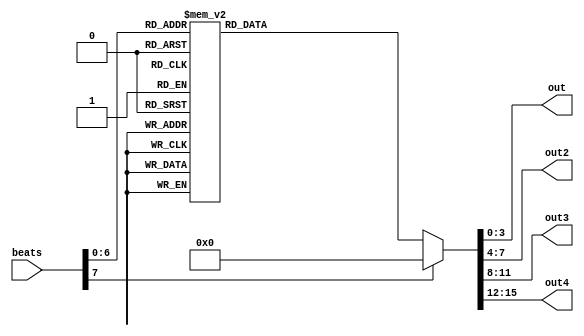
module owts_melody(beats, out, out2, out3, out4);

input [7:0]beats;

output reg [3:0]out, out2, out3, out4;

always @ (*)
begin
	case(beats)
		7'd0:
		begin
			out 	= 4'd0;
			out2 	= 4'd0;
			out3 	= 4'd0;
			out4 	= 4'd0;
		end
		7'd1:
		begin
			out 	= 4'd9;
			out2 	= 4'd0;
			out3 	= 4'd0;
			out4 	= 4'd0;
		end
		7'd2:
		begin
			out 	= 4'd11;
			out2 	= 4'd9;
			out3 	= 4'd0;
			out4 	= 4'd0;
		end
		7'd3:
		begin
			out 	= 4'd12;
			out2 	= 4'd11;
			out3 	= 4'd9;
			out4 	= 4'd0;
		end
		7'd4:
		begin
			out 	= 4'd13;
			out2 	= 4'd12;
			out3 	= 4'd11;
			out4 	= 4'd9;
		end
		7'd5:
		begin
			out 	= 4'd1;
			out2 	= 4'd13;
			out3 	= 4'd12;
			out4 	= 4'd11;
		end
		7'd6:
		begin
			out 	= 4'd1;
			out2 	= 4'd1;
			out3 	= 4'd13;
			out4 	= 4'd12;
		end
		7'd7:
		begin
			out 	= 4'd1;
			out2 	= 4'd1;
			out3 	= 4'd1;
			out4 	= 4'd13;
		end
		7'd8:
		begin
			out 	= 4'd0;
			out2 	= 4'd1;
			out3 	= 4'd1;
			out4 	= 4'd1;
		end
		7'd9:
		begin
			out = 4'd9;
			out2 	= 4'd0;
			out3 	= 4'd1;
			out4 	= 4'd1;
		end
		7'd10:
		begin
			out 	= 4'd11;
			out2 	= 4'd9;
			out3 	= 4'd0;
			out4 	= 4'd1;
		end
		7'd11:
		begin
			out 	= 4'd12;
			out2 	= 4'd11;
			out3 	= 4'd9;
			out4 	= 4'd0;
		end
		7'd12:
		begin
			out 	= 4'd13;
			out2 	= 4'd12;
			out3 	= 4'd11;
			out4 	= 4'd9;
		end
		7'd13:
		begin
			out 	= 4'd1;
			out2 	= 4'd13;
			out3 	= 4'd12;
			out4 	= 4'd11;
		end
		7'd14:
		begin
			out 	= 4'd1;
			out2 	= 4'd1;
			out3 	= 4'd13;
			out4 	= 4'd12;
		end
		7'd15:
		begin
			out 	= 4'd1;
			out2 	= 4'd1;
			out3 	= 4'd1;
			out4 	= 4'd13;
		end
		7'd16:
		begin
			out 	= 4'd0;
			out2 	= 4'd1;
			out3 	= 4'd1;
			out4 	= 4'd1;
		end
		7'd17:
		begin
			out 	= 4'd9;
			out2 	= 4'd0;
			out3 	= 4'd1;
			out4 	= 4'd1;
		end
		7'd18:
		begin
			out 	= 4'd11;
			out2 	= 4'd9;
			out3 	= 4'd0;
			out4 	= 4'd1;
		end
		7'd19:
		begin
			out 	= 4'd12;
			out2 	= 4'd11;
			out3 	= 4'd9;
			out4 	= 4'd0;
		end
		7'd20:
		begin
			out 	= 4'd13;
			out2 	= 4'd12;
			out3 	= 4'd11;
			out4 	= 4'd9;
		end
		7'd21:
		begin
			out 	= 4'd1;
			out2 	= 4'd13;
			out3 	= 4'd12;
			out4 	= 4'd11;
		end
		7'd22:
		begin
			out 	= 4'd11;
			out2 	= 4'd1;
			out3 	= 4'd13;
			out4 	= 4'd12;
		end
		7'd23:
		begin
			out 	= 4'd1;
			out2 	= 4'd11;
			out3 	= 4'd1;
			out4 	= 4'd13;
		end
		7'd24:
		begin
			out 	= 4'd9;
			out2 	= 4'd1;
			out3 	= 4'd11;
			out4 	= 4'd1;
		end
		7'd25:
		begin
			out 	= 4'd1;
			out2 	= 4'd9;
			out3 	= 4'd1;
			out4 	= 4'd11;
		end
		7'd26:
		begin
			out 	= 4'd11;
			out2 	= 4'd1;
			out3 	= 4'd9;
			out4 	= 4'd1;
		end
		7'd27:
		begin
			out 	= 4'd1;
			out2 	= 4'd11;
			out3 	= 4'd1;
			out4 	= 4'd9;
		end
		7'd28:
		begin
			out 	= 4'd10;
			out2 	= 4'd1;
			out3 	= 4'd11;
			out4 	= 4'd1;
		end
		7'd29:
		begin
			out 	= 4'd1;
			out2 	= 4'd10;
			out3 	= 4'd1;
			out4 	= 4'd11;
		end
		7'd30:
		begin
			out 	= 4'd1;
			out2 	= 4'd1;
			out3 	= 4'd10;
			out4 	= 4'd11;
		end
		7'd31:
		begin
			out 	= 4'd1;
			out2 	= 4'd1;
			out3 	= 4'd1;
			out4 	= 4'd10;
		end
		7'd32:
		begin
			out 	= 4'd0;
			out2 	= 4'd1;
			out3 	= 4'd1;
			out4 	= 4'd1;
		end
		7'd33:
		begin
			out 	= 4'd0;
			out2 	= 4'd0;
			out3 	= 4'd1;
			out4 	= 4'd1;
		end
		7'd34:
		begin
			out 	= 4'd11;
			out2 	= 4'd0;
			out3 	= 4'd0;
			out4 	= 4'd1;
		end
		7'd35:
		begin
			out 	= 4'd10;
			out2 	= 4'd11;
			out3 	= 4'd0;
			out4 	= 4'd0;
		end
		7'd36:
		begin
			out 	= 4'd9;
			out2 	= 4'd10;
			out3 	= 4'd11;
			out4 	= 4'd0;
		end
		7'd37:
		begin
			out 	= 4'd1;
			out2 	= 4'd9;
			out3 	= 4'd10;
			out4 	= 4'd11;
		end
		7'd38:
		begin
			out 	= 4'd9;
			out2 	= 4'd1;
			out3 	= 4'd9;
			out4 	= 4'd10;
		end
		7'd39:
		begin
			out 	= 4'd9;
			out2 	= 4'd9;
			out3 	= 4'd1;
			out4 	= 4'd9;
		end
		7'd40:
		begin
			out 	= 4'd11;
			out2 	= 4'd9;
			out3 	= 4'd9;
			out4 	= 4'd9;
		end
		7'd41:
		begin
			out 	= 4'd1;
			out2 	= 4'd11;
			out3 	= 4'd9;
			out4 	= 4'd9;
		end
		7'd42:
		begin
			out 	= 4'd13;
			out2 	= 4'd1;
			out3 	= 4'd11;
			out4 	= 4'd9;
		end
		7'd43:
		begin
			out 	= 4'd1;
			out2 	= 4'd13;
			out3 	= 4'd1;
			out4 	= 4'd11;
		end
		7'd44:
		begin
			out 	= 4'd13;
			out2 	= 4'd1;
			out3 	= 4'd13;
			out4 	= 4'd1;
		end
		7'd45:
		begin
			out 	= 4'd12;
			out2 	= 4'd13;
			out3 	= 4'd1;
			out4 	= 4'd13;
		end
		7'd46:
		begin
			out 	= 4'd1;
			out2 	= 4'd12;
			out3 	= 4'd13;
			out4 	= 4'd13;
		end
		7'd47:
		begin
			out 	= 4'd1;
			out2 	= 4'd1;
			out3 	= 4'd12;
			out4 	= 4'd13;
		end
		7'd48:
		begin
			out 	= 4'd0;
			out2 	= 4'd1;
			out3 	= 4'd1;
			out4 	= 4'd12;
		end
		7'd49:
		begin
			out 	= 4'd0;
			out2 	= 4'd0;
			out3 	= 4'd1;
			out4 	= 4'd1;
		end
		7'd50:
		begin
			out 	= 4'd11;
			out2 	= 4'd0;
			out3 	= 4'd0;
			out4 	= 4'd1;
		end
		7'd51:
		begin
			out 	= 4'd12;
			out2 	= 4'd11;
			out3 	= 4'd0;
			out4 	= 4'd0;
		end
		7'd52:
		begin
			out 	= 4'd13;
			out2 	= 4'd12;
			out3 	= 4'd11;
			out4 	= 4'd0;
		end
		7'd53:
		begin
			out 	= 4'd1;
			out2 	= 4'd13;
			out3 	= 4'd12;
			out4 	= 4'd11;
		end
		7'd54:
		begin
			out 	= 4'd11;
			out2 	= 4'd1;
			out3 	= 4'd13;
			out4 	= 4'd12;
		end
		7'd55:
		begin
			out 	= 4'd1;
			out2 	= 4'd11;
			out3 	= 4'd1;
			out4 	= 4'd13;
		end
		7'd56:
		begin
			out 	= 4'd9;
			out2 	= 4'd1;
			out3 	= 4'd11;
			out4 	= 4'd1;
		end
		7'd57:
		begin
			out 	= 4'd1;
			out2 	= 4'd9;
			out3 	= 4'd1;
			out4 	= 4'd11;
		end
		7'd58:
		begin
			out 	= 4'd10;
			out2 	= 4'd1;
			out3 	= 4'd9;
			out4 	= 4'd1;
		end
		7'd59:
		begin
			out 	= 4'd1;
			out2 	= 4'd10;
			out3 	= 4'd1;
			out4 	= 4'd9;
		end
		7'd60:
		begin
			out 	= 4'd9;
			out2 	= 4'd1;
			out3 	= 4'd10;
			out4 	= 4'd1;
		end
		7'd61:
		begin
			out 	= 4'd1;
			out2 	= 4'd9;
			out3 	= 4'd1;
			out4 	= 4'd10;
		end
		7'd62:
		begin
			out 	= 4'd1;
			out2 	= 4'd1;
			out3 	= 4'd9;
			out4 	= 4'd1;
		end
		7'd63:
		begin
			out 	= 4'd1;
			out2 	= 4'd1;
			out3 	= 4'd1;
			out4 	= 4'd9;
		end
		7'd64:
		begin
			out 	= 4'd1;
			out2 	= 4'd1;
			out3 	= 4'd1;
			out4 	= 4'd1;
		end
		7'd65:
		begin
			out 	= 4'd0;
			out2 	= 4'd1;
			out3 	= 4'd1;
			out4 	= 4'd1;
		end
		7'd66:
		begin
			out 	= 4'd0;
			out2 	= 4'd0;
			out3 	= 4'd1;
			out4 	= 4'd1;
		end
		7'd67:
		begin
			out 	= 4'd0;
			out2 	= 4'd0;
			out3 	= 4'd0;
			out4 	= 4'd1;
		end
		default:
		begin
			out 	= 4'd0;
			out2 	= 4'd0;
			out3 	= 4'd0;
			out4 	= 4'd0;
		end
	endcase
end
endmodule